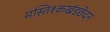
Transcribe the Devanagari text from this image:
मस्तिश्कखंडछेदन